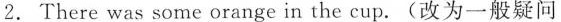
2.There was some orange in the cup.(改为一般疑问